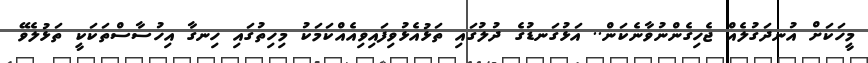
މީހަކަށް އުނދަގުލެއް ޖެހިގެންނުވާނެކަން.. އަޅުގަނޑުގެ ދުލުގައި ތަޅުއެޅުވިފައިވިއެއްކަމަކު މިހިތުގައި ހިނގާ އިހުސާސްތަކަކީ ތަޅުލެވޭ